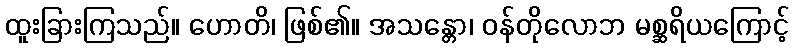
ထူးခြားကြသည်။ ဟောတိ၊ ဖြစ်၏။ အသန္တော၊ ဝန်တိုလောဘ မစ္ဆရိယကြောင့်